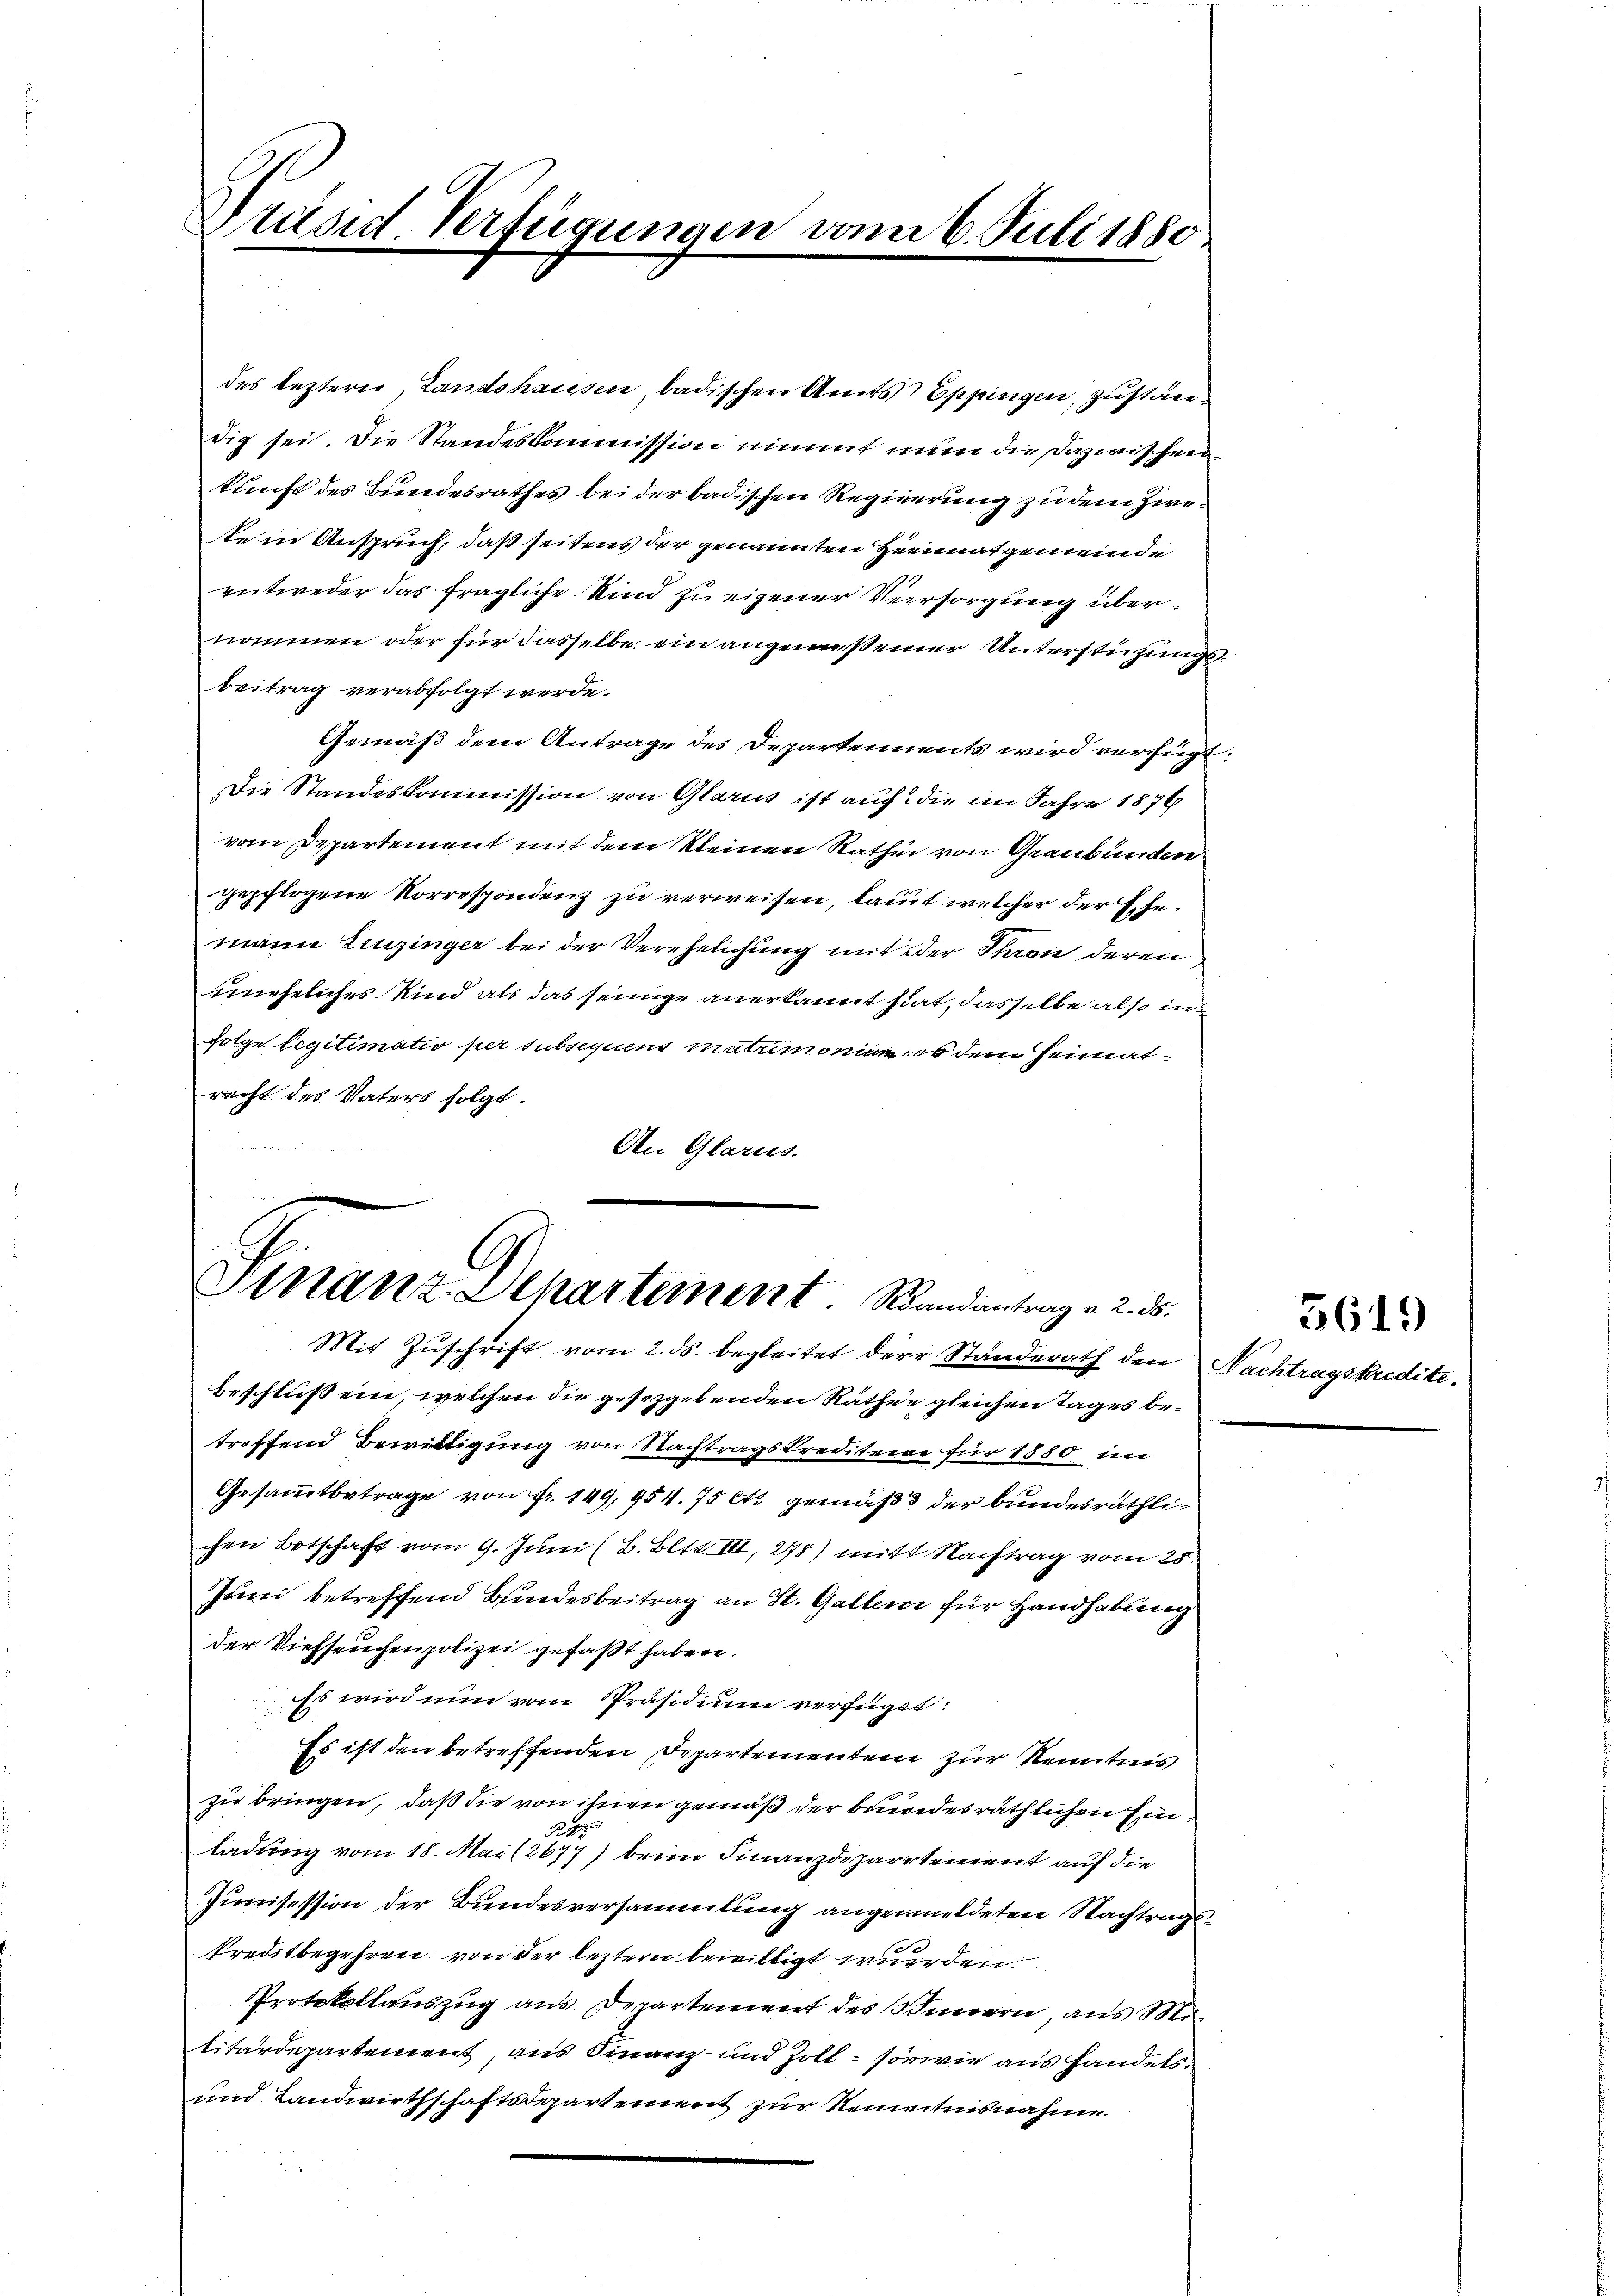
Prisis Verfügungen vom 6. Juli 1880

des leztere, Landshausen badischen Amts Eppingen, zuständig sei. Die Standeskommission nimmt nun die Dazwischeerkunft des Bundesrathes bei der badischen Regierung zu dem Zwete in Anspruch, daß seitens der genannten Heimatgemeinde
entweder das fragliche Kind zu eigener Versorgung übernommen oder für dasselbe ein angemesseiner Unterstüzungsbeitrag verabfolgt werde.
Gemäß dem Antrage des Departements wird verfügt:
Die Standeskommission von Glarus ist auf die im Jahre 1876
vom Departement mit dem kleinen Rathe von Graubünden
gepflogene Korrespondenz zu verweisen, laut welcher der Ehemann Leuzinger bei der Verehelichung mit der Thron deren
uneheliches Kind als das seinige anerkannt hat, dasselbe also in
Folge legitimatio per subsequens matrimoniam es dem Heimatrecht des Vaters folgt.
An Glarus.
.

Finanz-Departement. Randantrag v. 2. ds.

Mit Zuschrift vom 2. ds. begleitet der Standerath den Nachtragskredite.
Beschluß ein, welchen die gesetzgebenden Rathen gleichen Tages betreffend Bewittigung von Nachtragskrediteine für 1850 im
Gesammtbetrage von Fr. 149, 954. 75 ett gemäß der bundesräthlichen Botschaft vom 9. Juni (B. Bltt. III, 278) mit Nachtrag vom 25.
Juni betreffend Bundesbeitrag an St. Galler für Handhabung
der Viehseuchen polizei gefaßt haben.
Es wird nun vom Präsidium verfügt:
Es ist den betreffenden Departementen zur Kenntnis
zu bringen, daß die von ihnen gemäß der bundesräthlichen Ein¬
14
ladung vom 18. Mai (2677) beim Finanzdepartement auf die
Junisession der Bundesversammlung angemeldeten Nachtrags
kreditbegehren von der leztern bewilligt wurden.
Protokollauszug aus Departement des Sinnern, aus Militärdepartement, aus Finanz- und Zoll - sowie aus Handels¬
und Landwirthschaftsdepartement zur Reinentnisnahme

3619